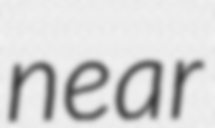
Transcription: near